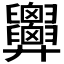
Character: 𢍹